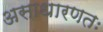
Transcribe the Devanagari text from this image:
असाधारणतः